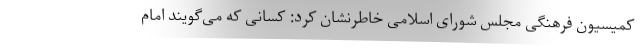
کمیسیون فرهنگی مجلس شورای اسلامی خاطرنشان کرد: کسانی که می‌گویند امام